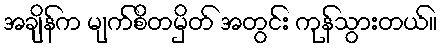
အချိန်က မျက်စိတမှိတ် အတွင်း ကုန်သွားတယ်။